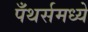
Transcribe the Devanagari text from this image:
पँथर्समध्ये